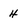
Character: 4